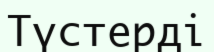
Түстерді